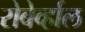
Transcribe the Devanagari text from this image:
रोबेर्व्हाल